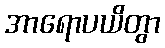
အာရောပယိတွာ